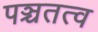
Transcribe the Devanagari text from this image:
पञ्चतत्व